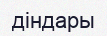
діндары